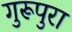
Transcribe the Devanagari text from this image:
गुरूपुरा